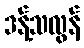
ဒန့်သလွန်